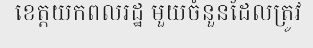
ខេត្តយកពលរដ្ឋ មួយចំនួនដែលត្រូវ